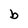
Character: b